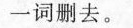
一词删去。